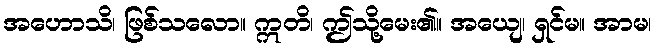
အဟောသိ၊ ဖြစ်သလော။ ဣတိ၊ ဤသို့မေး၏။ အယျေ၊ ရှင်မ။ အာမ၊